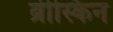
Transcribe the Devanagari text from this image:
ब्रीस्किन